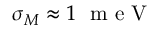
\sigma _ { M } \approx 1 ~ \mathrm { ~ m ~ e ~ V ~ }